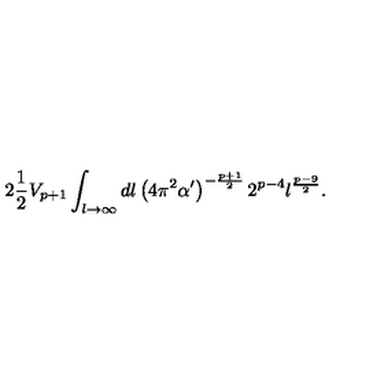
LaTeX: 2 \frac { 1 } { 2 } V _ { p + 1 } \int _ { l \to \infty } d l \left( 4 \pi ^ { 2 } \alpha ^ { \prime } \right) ^ { - \frac { p + 1 } { 2 } } 2 ^ { p - 4 } l ^ { \frac { p - 9 } { 2 } } .